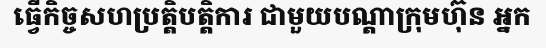
ធ្វើកិច្ចសហប្រត្តិបត្តិការ ជាមួយបណ្តាក្រុមហ៊ុន អ្នក